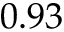
0 . 9 3